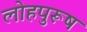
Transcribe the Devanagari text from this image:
लोहपुरूष